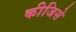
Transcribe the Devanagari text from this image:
कीजिसे